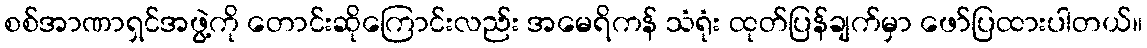
စစ်အာဏာရှင်အဖွဲ့ကို တောင်းဆိုကြောင်းလည်း အမေရိကန် သံရုံး ထုတ်ပြန်ချက်မှာ ဖော်ပြထားပါတယ်။